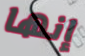
إنها